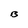
Character: B